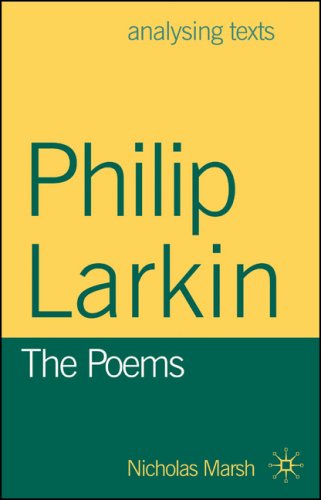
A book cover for Philip Larkin: The Poems (Analysing Texts); Nicholas Marsh; Literature & Fiction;